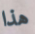
هذا